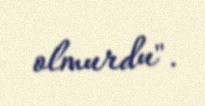
olmurdu".